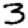
Digit: 3